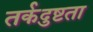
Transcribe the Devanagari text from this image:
तर्कदुष्टता